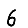
Digit: 6